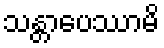
သန္တာပေဿာမိ